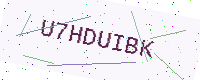
Text: U7HDUIBK